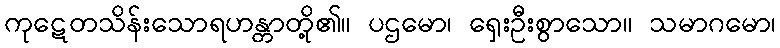
ကုဋေတသိန်းသောရဟန္တာတို့၏။ ပဌမော၊ ရှေးဦးစွာသော။ သမာဂမော၊